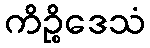
ကိဉ္စိဒေသံ